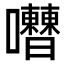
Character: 𡅰